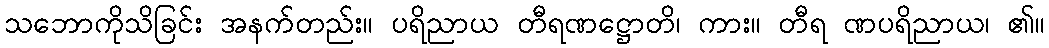
သဘောကိုသိခြင်း အနက်တည်း။ ပရိညာယ တီရဏဋ္ဌောတိ၊ ကား။ တီရ ဏပရိညာယ၊ ၏။